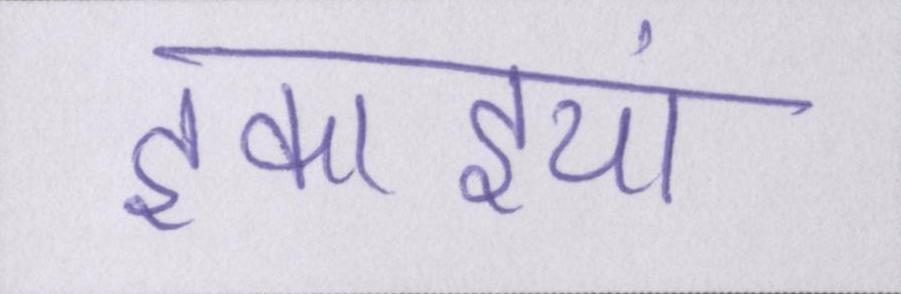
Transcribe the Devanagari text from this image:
इकाइयां